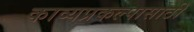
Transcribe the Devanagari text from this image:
काव्यप्रकल्पासाठी